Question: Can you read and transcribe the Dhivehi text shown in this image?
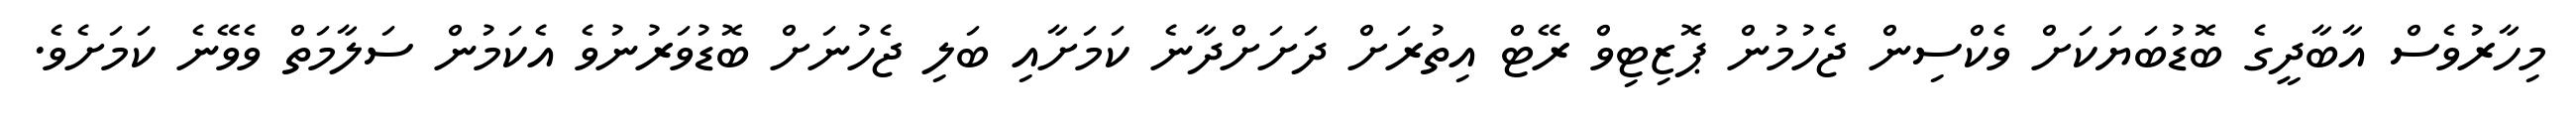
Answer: މިހާރުވެސް އާބާދީގެ ބޮޑުބަޔަކަށް ވެކްސިން ޖެހުމުން ޕޮޒިޓިވް ރޭޓް އިތުރަށް ދަށަށްދާނެ ކަމަށާއި ބަލި ޖެހުނަށް ބޮޑުވަރުނުވެ އެކަމުން ސަލާމަތް ވެވޭނެ ކަމަށެވެ.